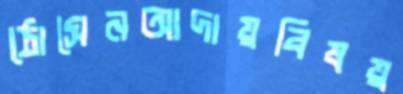
ঠোসেনআদায়বিষয়